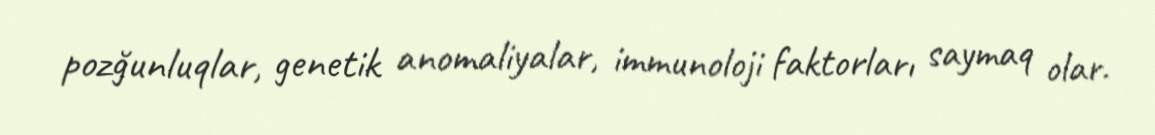
pozğunluqlar, genetik anomaliyalar, immunoloji faktorları saymaq olar.